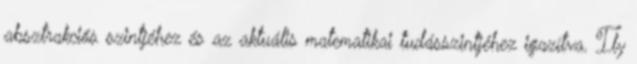
absztrakciós szintjéhez és az aktuális matematikai tudásszintjéhez igazítva. Ily